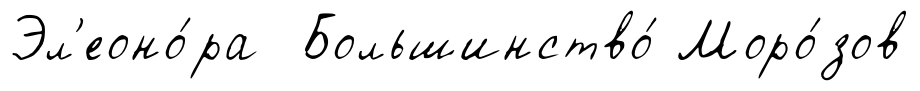
Эл'еоно́ра Большинство́ Моро́зов